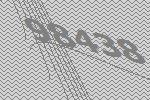
98438